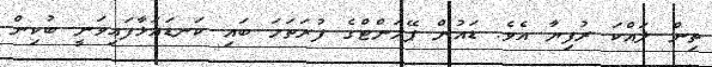
ތިން ލައްކަ ރުފިޔާ އެވެ. ޑައުން ޕޭމަންޓްގެ ފުރަތަމަ ބައި ކަނޑައަޅާފައިވަނީ ބުކިން